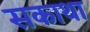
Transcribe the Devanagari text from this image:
सकाथा